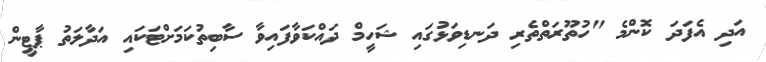
އަދި އެފަދަ ކޮންމެ "ހުތޫރަތްތެރި ދަނޑިވަޅުގައި ޝަހީމް ދައްކަވާފައިވާ ސާބިތުކަމަށްޓަކައި އަދާލަތު ޕާޓީން